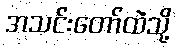
အသင်းတော်ထဲသို့